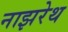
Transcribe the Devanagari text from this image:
नाझरेथ